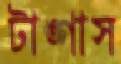
টাঙ্গাস